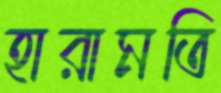
হারামতি